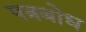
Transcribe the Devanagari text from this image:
पत्रबोध